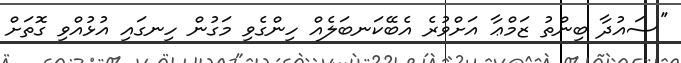
''ސައުދާ ބިންތު ޒަމްޢާ އަށްވުރެ އެބޭކަނބަލެއް ހިންގެވި މަގުން ހިނގައި އުޅުއްވި ގޮތަށް